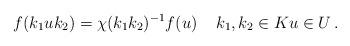
LaTeX: \begin{align*} f(k_1uk_2) =\chi (k_1k_2)^{-1} f(u) \quad\,k_1,k_2\in K u\in U\, .\end{align*}